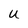
Character: U